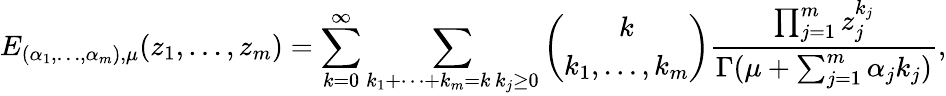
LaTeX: E_{(\alpha_{1},\dots,\alpha_{m}),\mu}(z_{1},\dots,z_{m})=\sum_{k=0}^{\infty}\sum_{\substack{k_{1}+\dots+k_{m}=k\, k_{j}\geq 0}}\binom{k}{k_{1},\dots,k_{m}}\frac{\prod_{j=1}^{m}z_{j}^{k_{j}}}{\Gamma(\mu+\sum_{j=1}^{m}\alpha_{j}k_{j})},